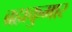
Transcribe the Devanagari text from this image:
ब्रह्मकुमार